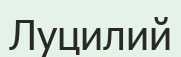
Луцилий